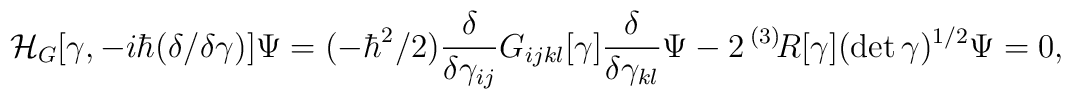
{\cal H}_G[\gamma, -i\hbar(\delta/\delta \gamma)]\Psi = (-\hbar^2/2)\frac{\delta}{\delta \gamma_{ij}}G_{ijkl}[\gamma]\frac{\delta}{\delta \gamma_{kl}}\Psi - 2\,{}^{(3)}\!R[\gamma](\det\gamma)^{1/2}\Psi = 0 ,